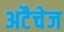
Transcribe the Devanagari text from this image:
अटैचेज